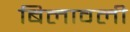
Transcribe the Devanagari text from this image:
बिलावली